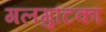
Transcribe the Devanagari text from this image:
गलगुटिका